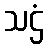
သဌံ